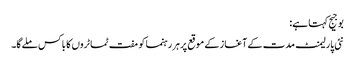
بوجیج کہتا ہے:
نئی پارلیمنٹ مدت کے آغاز کے موقع پرہر رہنما کو مفت ٹماٹروں کا باکس ملےگا۔